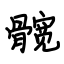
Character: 髋